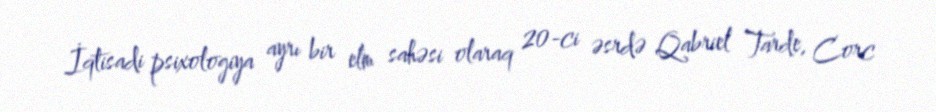
İqtisadi psixologiya ayrı bir elm sahəsi olaraq 20-ci əsrdə Qabriel Tarde, Corc